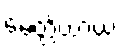
မေတ္တိယာယ